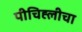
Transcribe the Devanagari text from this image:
पीचिह्लीचा